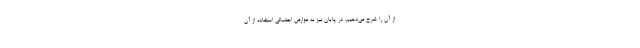
از آن را شرح می‌دهیم. در پایان نیز به عوارض احتمالی استفاده از آن